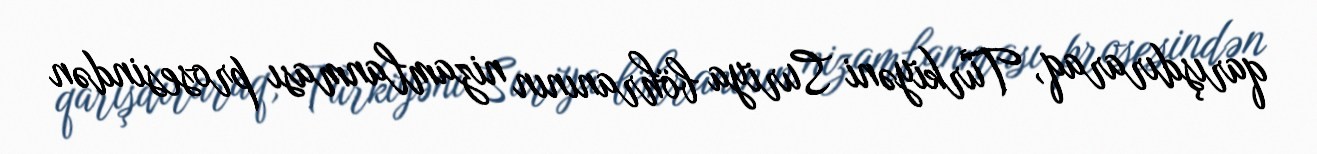
qarışdıraraq, Türkiyəni Suriya böhranının nizamlanması prosesindən